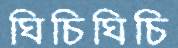
ঘিচিঘিচি